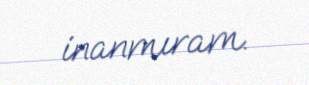
inanmıram.